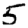
Digit: 5